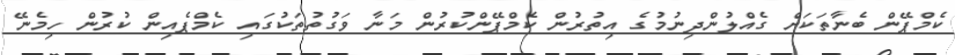
ކެމްޕޭން ބެނާތަކަށް ގެއްލުންދިނުމުގެ އިތުރުން ކެމްޕޭންކުރުން މަނާ ވަގުތުތަކުގައި ކެމްޕެއިން ކުރުން ހިމެނޭ